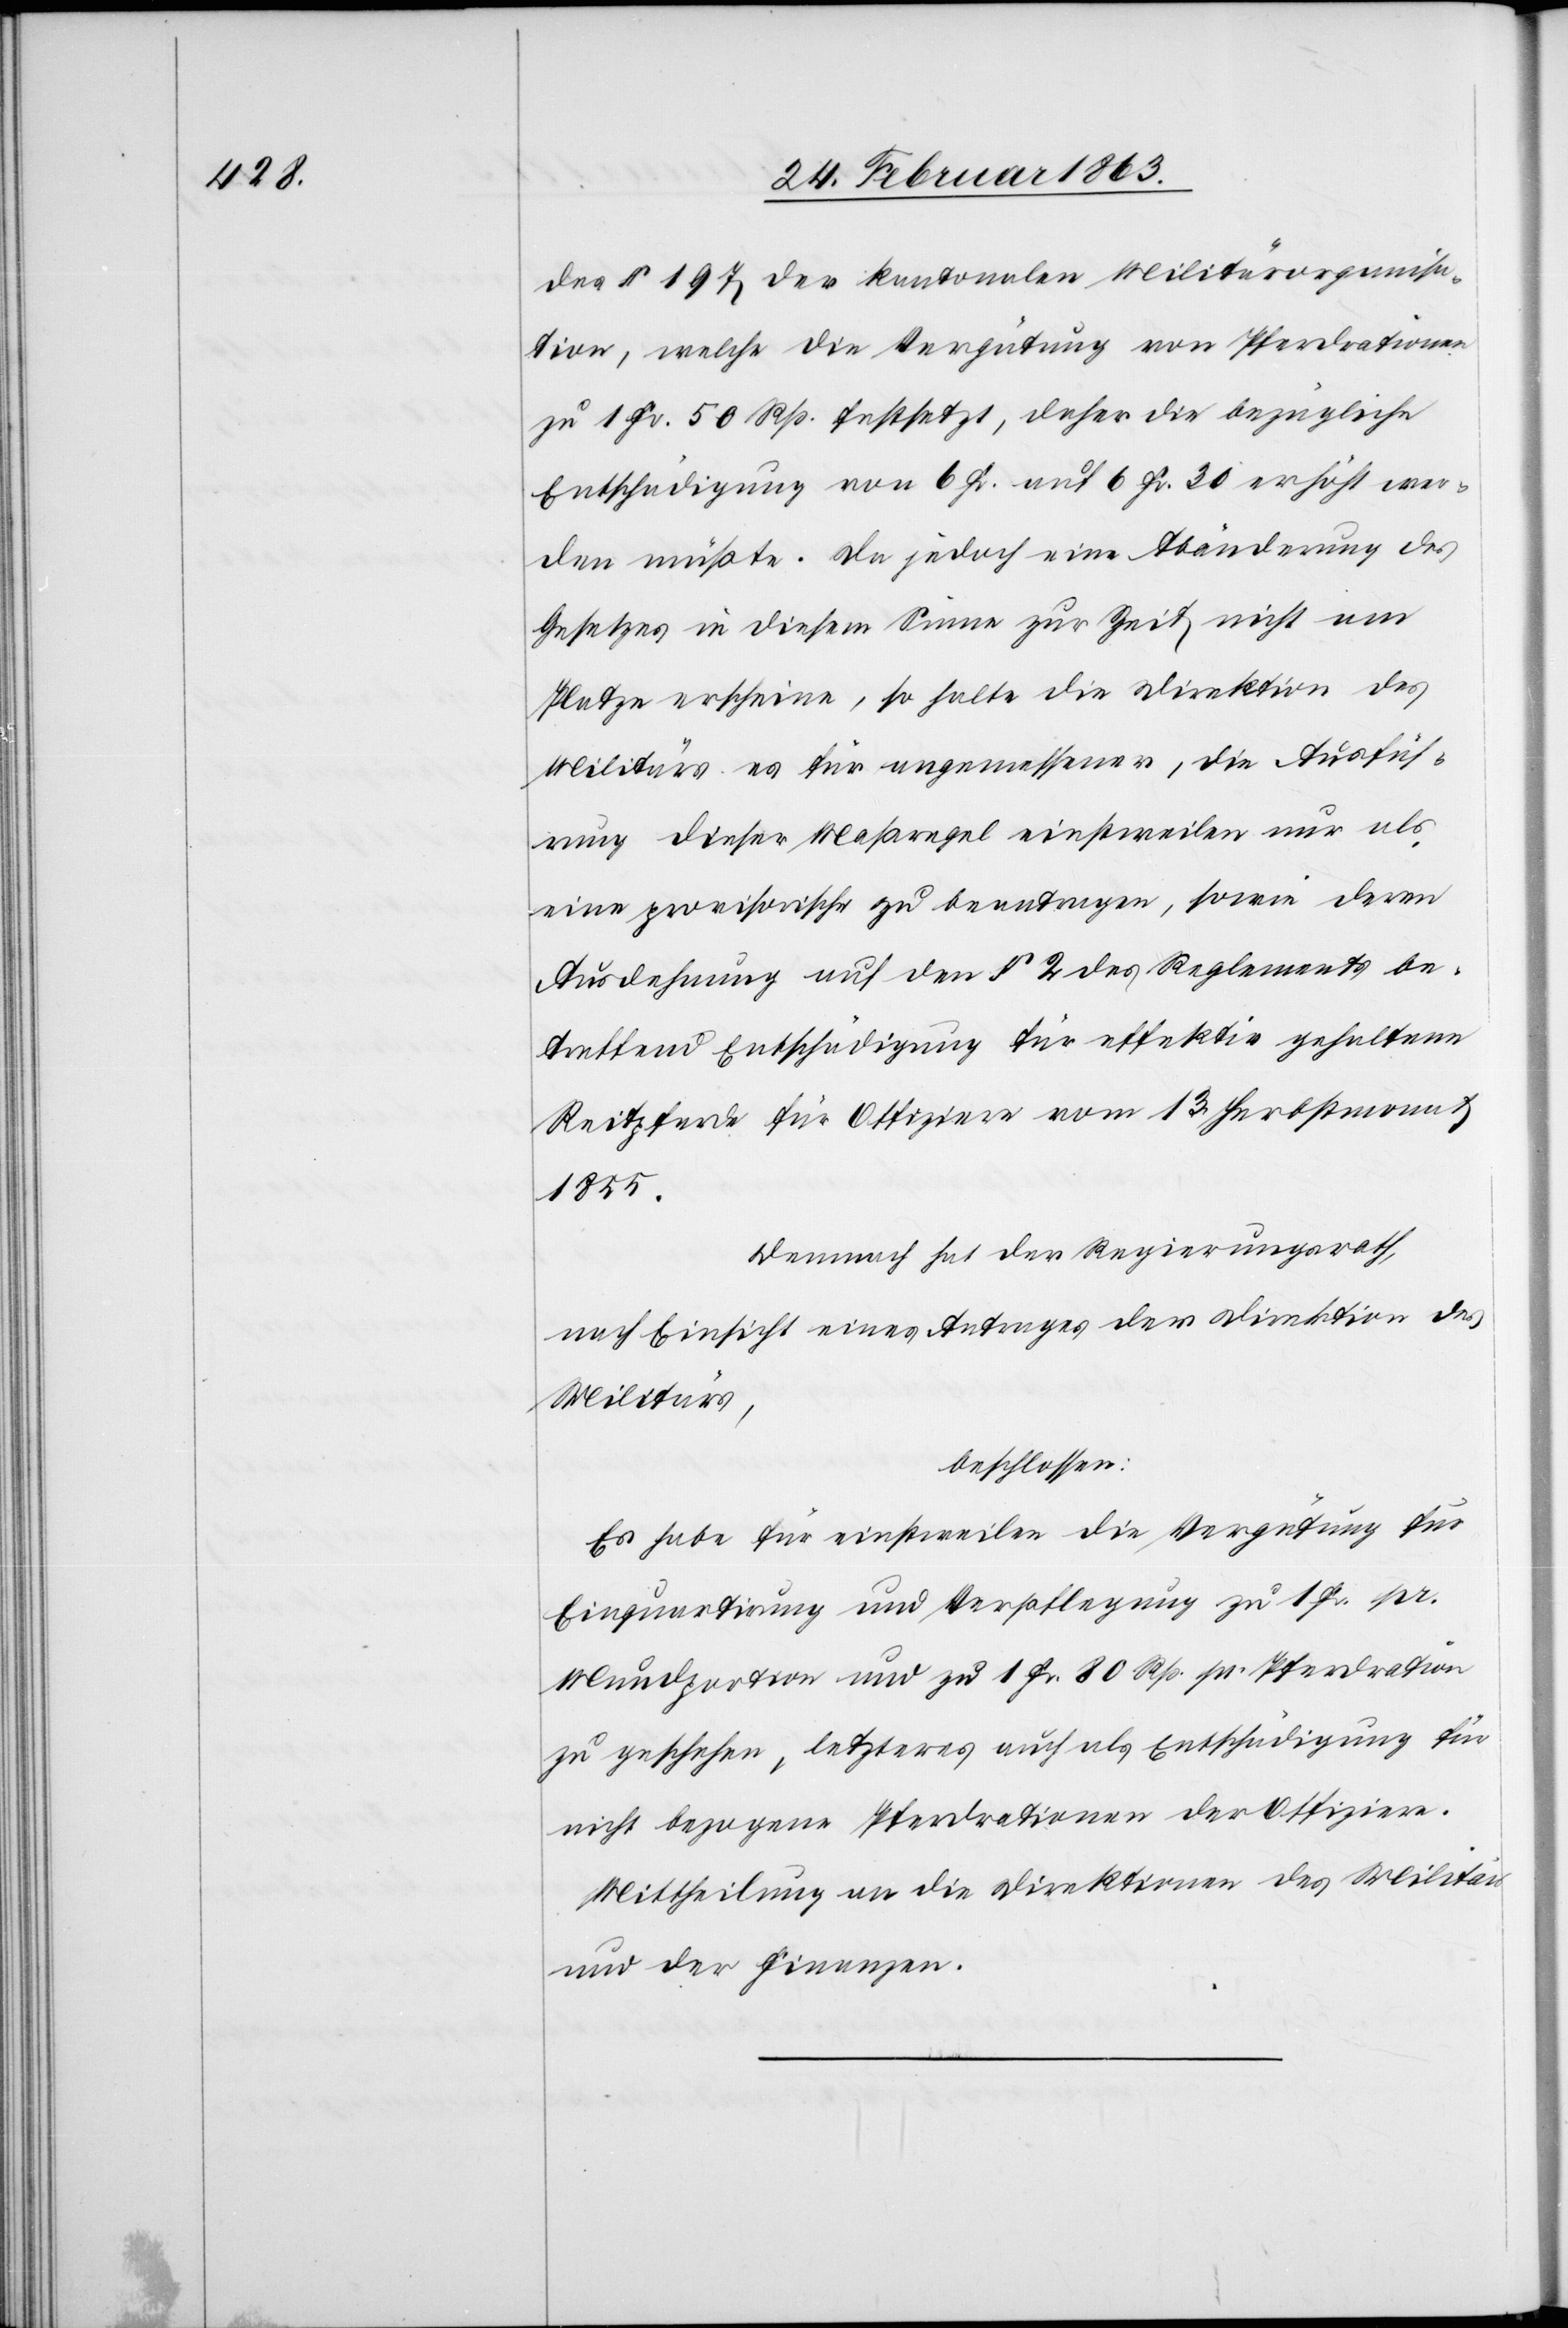
des § 197 der kantonalen Militärorganisa¬
tion, welche die Vergütung von Pferderationen
zu 1 Fr. 50 Rp. festsetzt, daher die bezügliche
Entschädigung von 6 Fr. auf 6 Fr. 30 erhöht wer¬
den müßte. Da jedoch eine Abänderung des
Gesetzes in diesem Sinne zur Zeit nicht am
Platze erscheine, so halte die Direktion des
Militärs es für angemessener, die Ausfüh¬
rung dieser Maßregel einstweilen nur als
eine provisorische zu beantragen, sowie deren
Ausdehnung auf den § 2 des Reglements be¬
treffend Entschädigung für effektiv gehaltene
Reitpferde für Offiziere vom 13. Herbstmonat
1855.
Demnach hat der Regierungsrath,
nach Einsicht eines Antrages der Direktion des
Militärs,
beschlossen:
Es habe für einstweilen die Vergütung für
Einquartirung und Verpflegung zu 1 Fr. pr.
Mundportion und zu 1 Fr. 80 Rp. pr. Pferdration
zu geschehen, letzteres auch als Entschädigung für
nicht bezogene Pferdrationen der Offiziere.
Mittheilung an die Direktionen des Militärs
und der Finanzen.